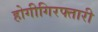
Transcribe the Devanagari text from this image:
होगीगिरफ्तारी